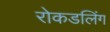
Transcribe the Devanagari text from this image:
रोकडलिंग